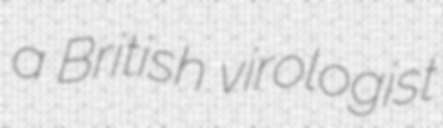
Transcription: a British virologist